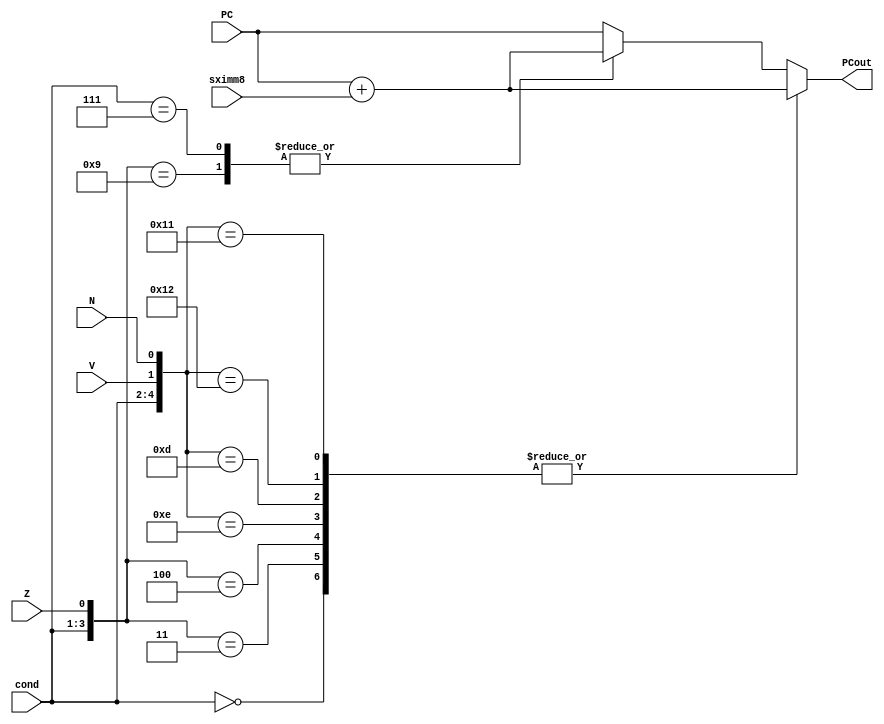
module branchlogic (PC, cond, sximm8, V, N, Z, PCout);
	input [8:0] PC;
	input [2:0] cond;
	input [8:0] sximm8;
	input V, N, Z;
	output reg [8:0] PCout;

	always @(*) begin
		casex({cond, V, N, Z})
			//B
			6'b000_xxx: PCout = PC + sximm8;
			
			//BEQ
			6'b001_xx1: PCout = PC + sximm8;

			//BNE
			6'b010_xx0: PCout = PC + sximm8;

			//BLT
			6'b011_10x: PCout = PC + sximm8;
			6'b011_01x: PCout = PC + sximm8;

			//BLE
			6'b100_10x: PCout = PC + sximm8;
			6'b100_01x: PCout = PC + sximm8;
			6'b100_xx1: PCout = PC + sximm8;

			//BL
			6'b111_xxx: PCout = PC + sximm8;

			default: PCout = PC;
		endcase
	end

endmodule